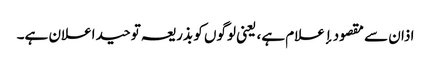
اذان سے مقصود إعلام ہے، یعنی لوگوں کو بذریعہ توحید اعلان ہے۔